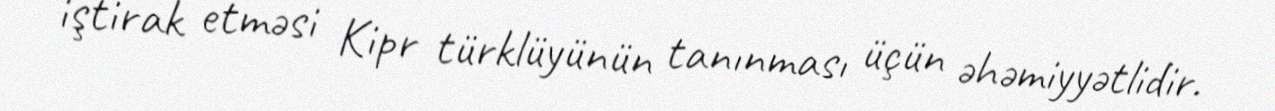
iştirak etməsi Kipr türklüyünün tanınması üçün əhəmiyyətlidir.